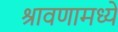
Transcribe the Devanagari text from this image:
श्रावणामध्ये